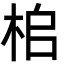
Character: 桘